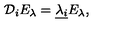
{ \mathcal D } _ { i } E _ { \lambda } = \underline { { \lambda _ { i } } } E _ { \lambda } ,